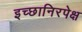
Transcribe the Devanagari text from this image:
इच्छानिरपेक्ष